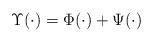
\begin{align*}\Upsilon(\cdot) = \Phi(\cdot) + \Psi(\cdot)\end{align*}